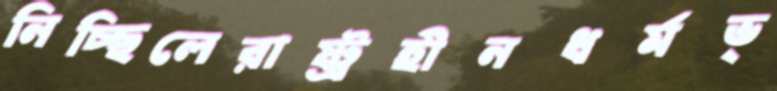
নিচ্ছিলেরাষ্ট্রহীনধর্মভ্